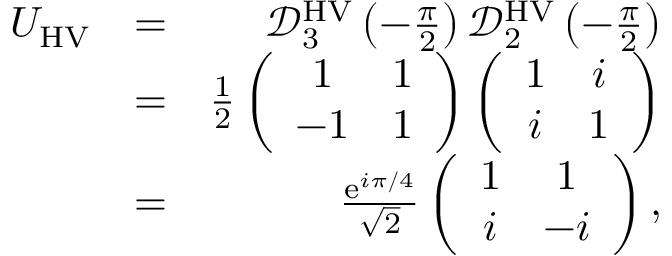
\begin{array} { r l r } { U _ { \mathrm { H V } } } & { = } & { \mathcal { D } _ { 3 } ^ { \mathrm { H V } } \left( - \frac { \pi } { 2 } \right) \mathcal { D } _ { 2 } ^ { \mathrm { H V } } \left( - \frac { \pi } { 2 } \right) } \\ & { = } & { \frac { 1 } { 2 } \left( \begin{array} { c c } { 1 } & { 1 } \\ { - 1 } & { 1 } \end{array} \right) \left( \begin{array} { c c } { 1 } & { i } \\ { i } & { 1 } \end{array} \right) } \\ & { = } & { \frac { \mathrm { e } ^ { i \pi / 4 } } { \sqrt { 2 } } \left( \begin{array} { c c } { 1 } & { 1 } \\ { i } & { - i } \end{array} \right) , } \end{array}